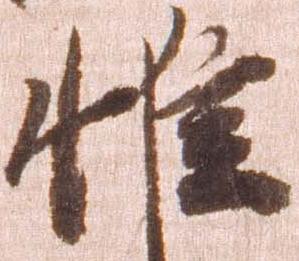
惟